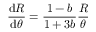
\frac { \mathrm { d } R } { \mathrm { d } \theta } = \frac { 1 - b } { 1 + 3 b } \frac { R } { \theta }